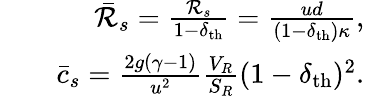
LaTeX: \begin{array}{rlr}&{}&{\bar{\cal R}_{s}=\frac{{\cal R}_{s}}{1-\delta_{\mathrm{th}}}=\frac{ud}{(1-\delta_{\mathrm{th}})\kappa},}\\ &{}&{\bar{c}_{s}=\frac{2g(\gamma-1)}{u^{2}}\frac{V_{R}}{S_{R}}(1-\delta_{\mathrm{th}})^{2}.}\end{array}